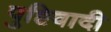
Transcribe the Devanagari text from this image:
पुष्टिवादी